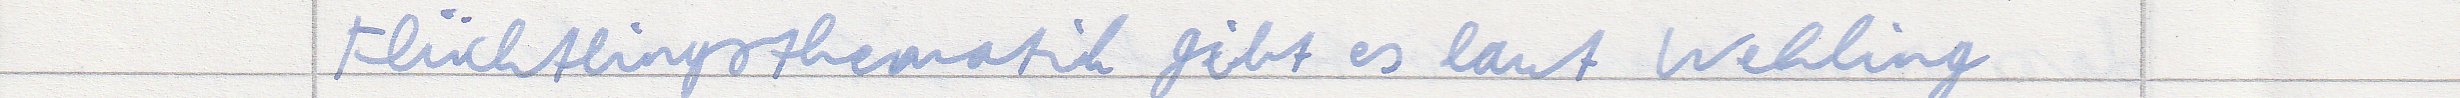
Flüchtlingsthematik gibt es laut Wehling